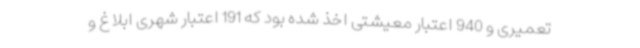
تعمیری و 940 اعتبار معیشتی اخذ شده بود که 191 اعتبار شهری ابلاغ و